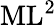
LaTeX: \mathrm{ML^{2}}